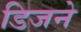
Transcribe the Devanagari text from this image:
डिजने